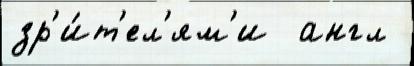
зр'и́т'ел'ям'и  англ